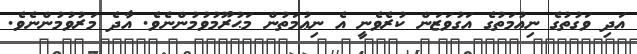
އަދި ވަގުތުގެ ނިޢުމަތުގެ އަގުވަޒަން ކުރެވެނީ އެ ނިޢުމަތުން މަޙުރޫމުވުމުންނެވެ. އާދެ މަރުވުމުންނެވެ.